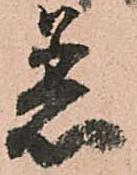
着